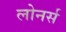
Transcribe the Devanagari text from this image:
लोनर्स